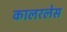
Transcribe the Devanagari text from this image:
कालरलेस